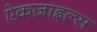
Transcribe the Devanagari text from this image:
ऐकज़ाइल्स